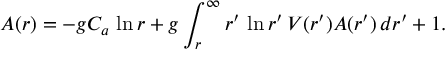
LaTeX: A ( r ) = - g C _ { a } \, \ln r + g \int _ { r } ^ { \infty } r ^ { \prime } \, \ln r ^ { \prime } \, V ( r ^ { \prime } ) A ( r ^ { \prime } ) \, d r ^ { \prime } + 1 .